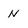
Character: n